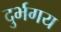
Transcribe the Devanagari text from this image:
दुर्भगय